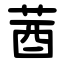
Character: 莤